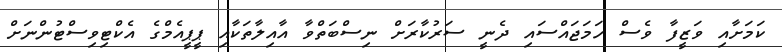
ކަމަށާއި ވަޒީފާ ވެސް ހަމަޖައްސައި ދެނީ ސަރުކާރަށް ނިސްބަތްވާ އާއިލާތަކާއި ޕީޕީއެމްގެ އެކްޓިވިސްޓުންނަށް